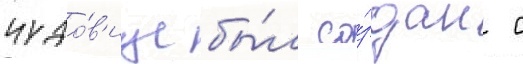
чудо́в'ище бы́л со́здан с